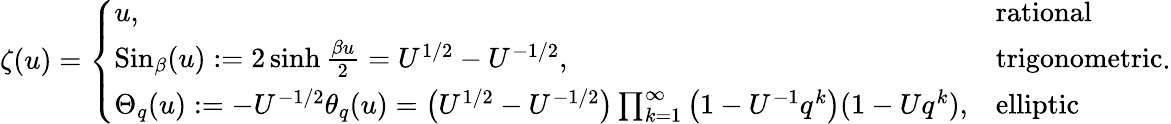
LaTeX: \zeta(u)=\left\{ \begin{array}{ll}{u,}&{\mathrm{rational}}\\ {\mathrm{Sin}_{\beta}(u):=2\sinh\frac{\beta u}{2}=U^{1/2}-U^{-1/2},}&{\mathrm{trigonometric}}\\ {\Theta_{q}(u):=-U^{-1/2}\theta_{q}(u)=\left(U^{1/2}-U^{-1/2}\right)\prod_{k=1}^{\infty}\left(1-U^{-1}q^{k}\right)(1-Uq^{k}),}&{\mathrm{elliptic}}\end{array}\right..